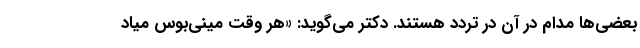
بعضی‌ها مدام در آن در تردد هستند. دکتر می‌گوید: «هر وقت مینی‌بوس میاد